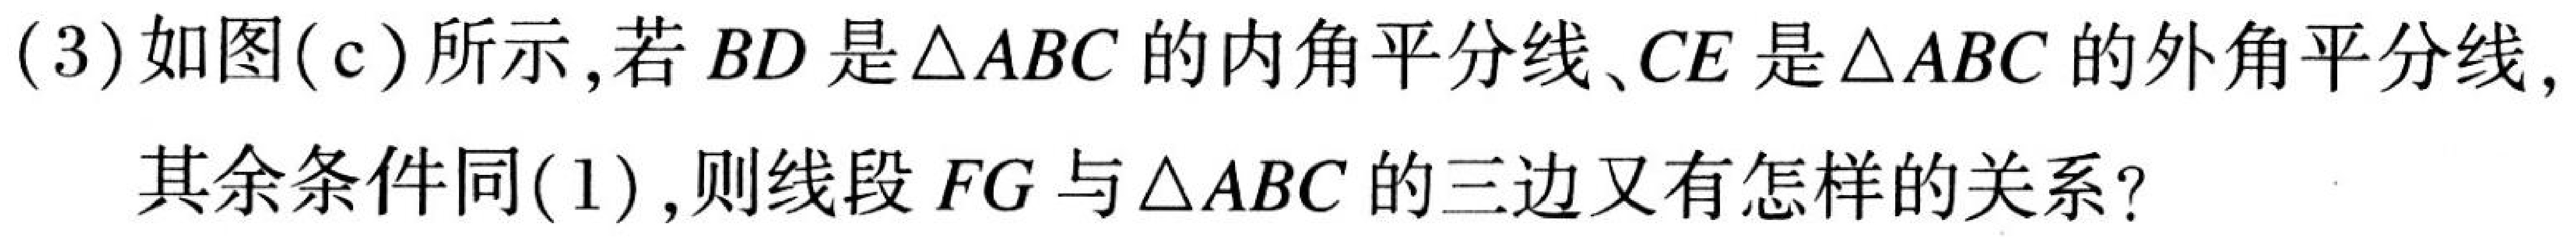
(3)如图(c)所示,若 \(BD\) 是\(\triangle ABC\)的内角平分线、\(CE\)是\(\triangle ABC\)的外角平分线,
其余条件同(1),则线段 \(FG\) 与\(\triangle ABC\)的三边又有怎样的关系?